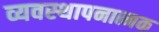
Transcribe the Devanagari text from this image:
व्यवस्थापनात्मक